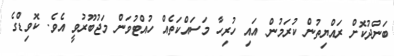
ބަންދުކޮށް ރައްޔިތުން ކުރަމުން އައި ހުރިހާ މަސައްކަތެއް ހުއްޓުވަން މަޖުބޫރުވީ އެވެ. ކޮވިޑްގެ